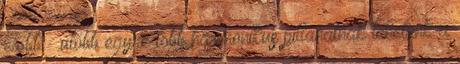
előbb – utóbb egyre több harmonikus pillanatnak lehetünk a